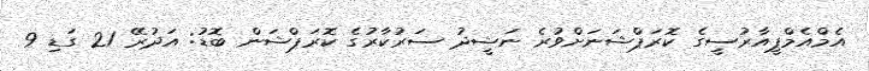
އެމްއެމްޕީއާރުސީގެ ކޮރަޕްޝަނަށްވުރެ ނަޝީދު ސަރުކާރުގެ ކޮރަޕްޝަން ބޮޑު: އަދުރޭ 21 ގަޑި 9